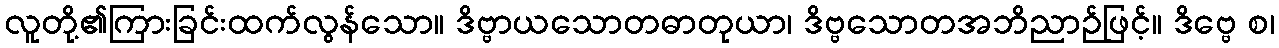
လူတို့၏ကြားခြင်းထက်လွန်သော။ ဒိဗ္ဗာယသောတဓာတုယာ၊ ဒိဗ္ဗသောတအဘိညာဉ်ဖြင့်။ ဒိဗ္ဗေ စ၊